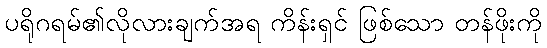
ပရိုဂရမ်၏လိုလားချက်အရ ကိန်းရှင် ဖြစ်သော တန်ဖိုးကို